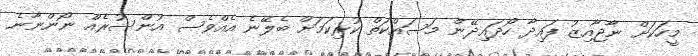
މީހަކަށް ނާޖާއިޒު ފައިދާ ހޯދައިދޭން މަސައްކަތް ކުރިކަމަށް ބެލޭނެ އެއްވެސް އުންސުރެއް ނޯންނާނެ